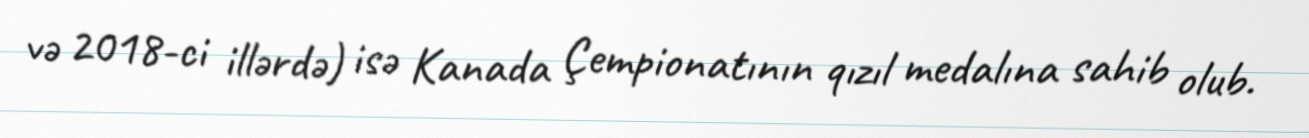
və 2018-ci illərdə) isə Kanada Çempionatının qızıl medalına sahib olub.